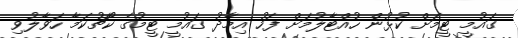
ގައުމީ ޓީމަށް ކުޅުން ހުއްޓާލުމަށް ފަހު އިމާދު ގައުމީ ޓީމުގެ ކޯޗުކަމާ ހަވާލުވި